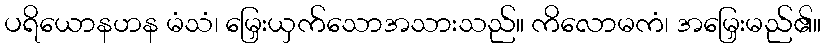
ပရိယောနဟန မံသံ၊ မြှေးယှက်သောအသားသည်။ ကိလောမကံ၊ အမြှေးမည်၏။